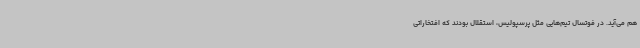
هم می‌آید. در فوتسال تیم‌هایی مثل پرسپولیس، استقلال بودند که افتخاراتی